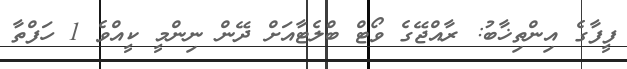
ފީފާގެ އިންތިޚާބު: ރާއްޖޭގެ ވޯޓް ބްލެޓާއަށް ދޭން ނިންމީ ކީއްވެ 1 ހަފްތާ